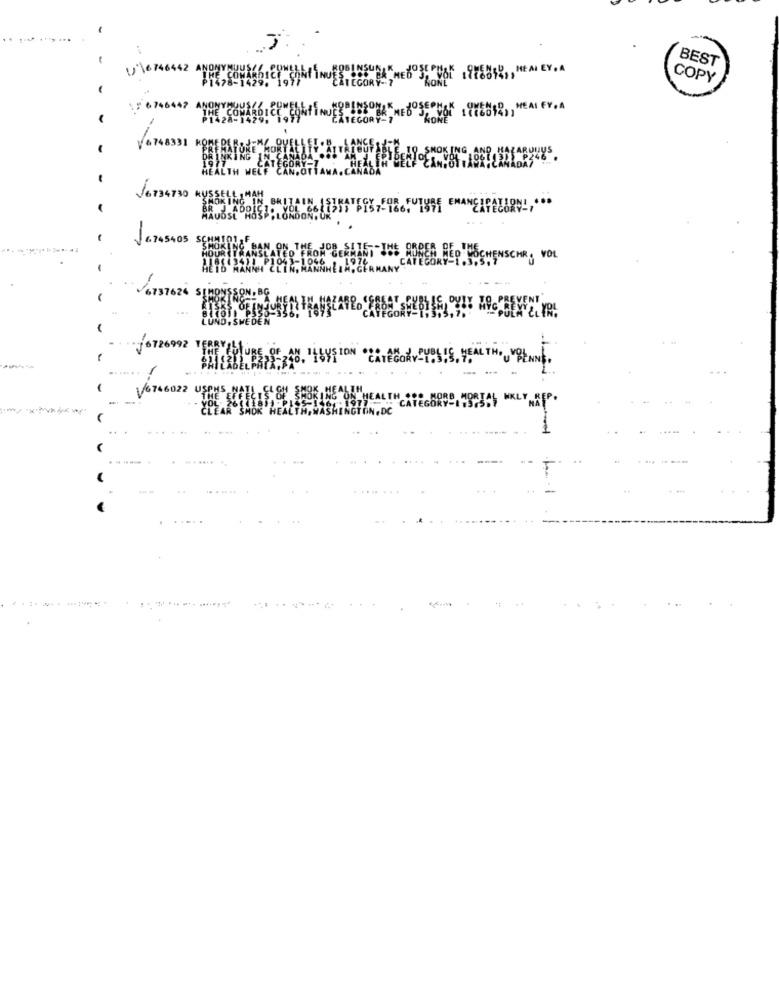
1
BEST
1%, HE AN EY . A
COPY
TES12, HEAI EY. A
4.74831
MANCARETURN ,...
BEN HEP HECHENSCHR . VOL
37624
LYS ION
AL THOU BENNE.
....